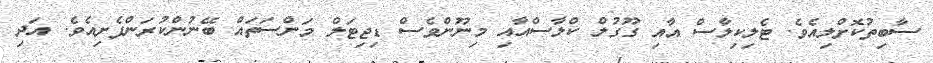
ސާބިތުކޮށްލިއެވެ. ޓެލިކިލާސް އާއި ގޫގުލް ކްލާސްއާއި މިނޫންވެސް ޑިޖިޓަލް މަންސަތައް ބޭނުންކުރަންފެށިއެވެ. އަދި